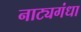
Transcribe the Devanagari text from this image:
नाट्यगंधा